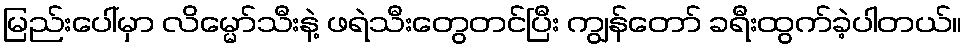
မြည်းပေါ်မှာ လိမ္မော်သီးနဲ့ ဖရဲသီးတွေတင်ပြီး ကျွန်တော် ခရီးထွက်ခဲ့ပါတယ်။